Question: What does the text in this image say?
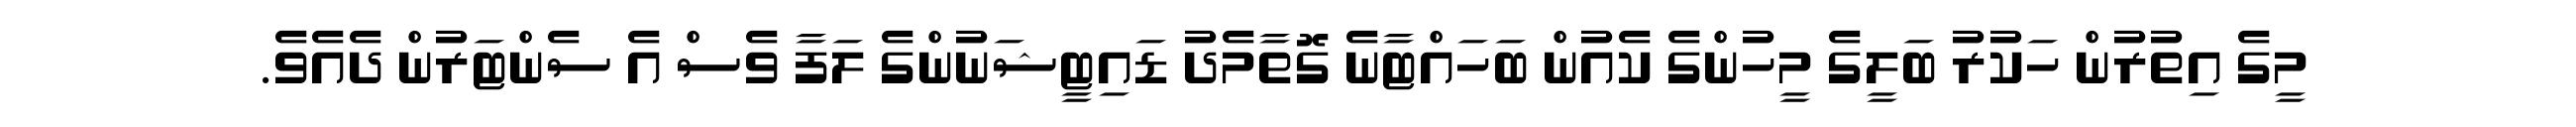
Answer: މީގެ އިތުރުން ހަކުރު ބަލީގެ މީހުންގެ ކެއުން ބަހައްޓާނެ ގޮތާމެދު ޑައިޓީޝަނުންގެ ލަފާ ވެސް އެ ސެންޓަރުން ދެއެވެ.